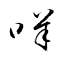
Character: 咩